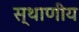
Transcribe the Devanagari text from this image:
स्थाणीय